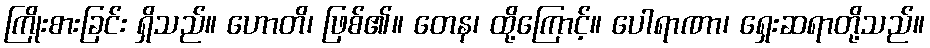
ကြိုးစားခြင်း ရှိသည်။ ဟောတိ၊ ဖြစ်၏။ တေန၊ ထို့ကြောင့်။ ပေါရာဏာ၊ ရှေးဆရာတို့သည်။